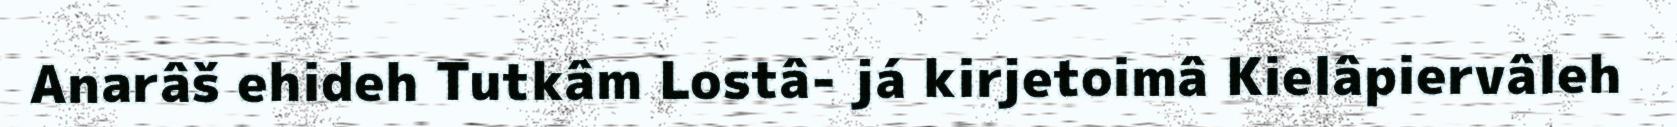
Anarâš ehideh Tutkâm Lostâ- já kirjetoimâ Kielâpiervâleh